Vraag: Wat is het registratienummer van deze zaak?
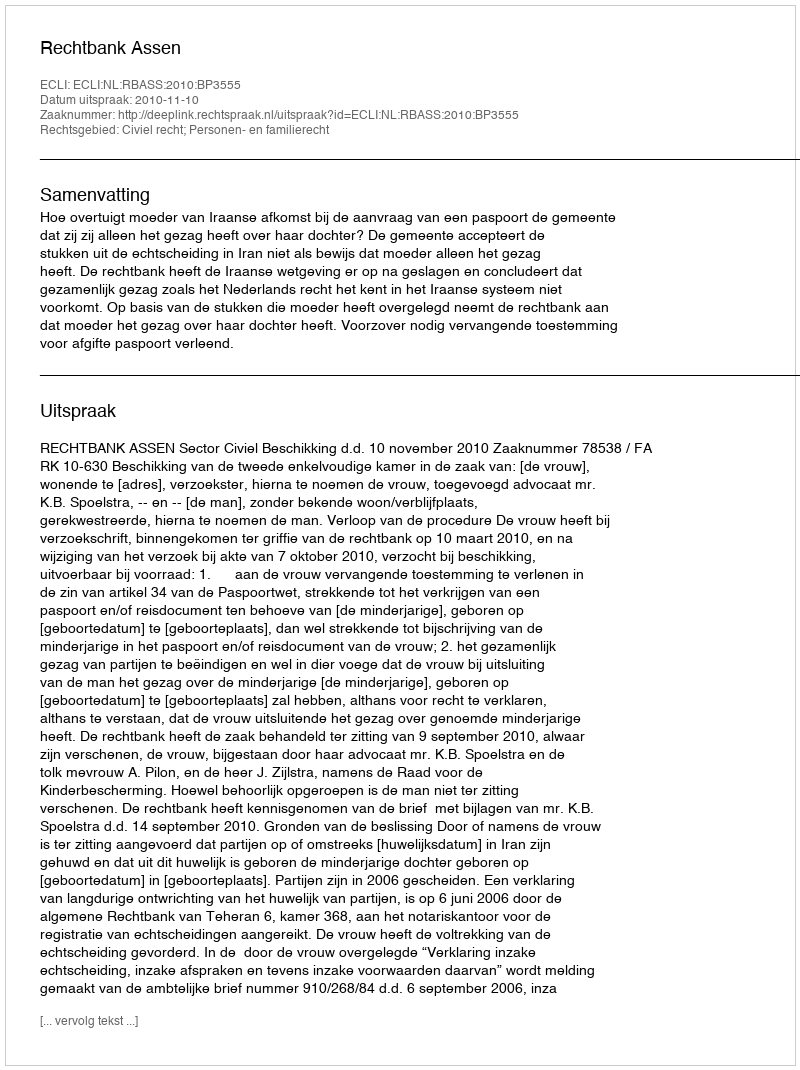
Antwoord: http://deeplink.rechtspraak.nl/uitspraak?id=ECLI:NL:RBASS:2010:BP3555